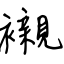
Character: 襯